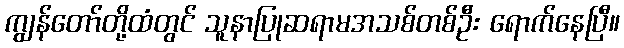
ကျွန်တော်တို့ထံတွင် သူနာပြုဆရာမအသစ်တစ်ဦး ရောက်နေပြီ။